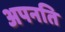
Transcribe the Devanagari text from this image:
अपनति